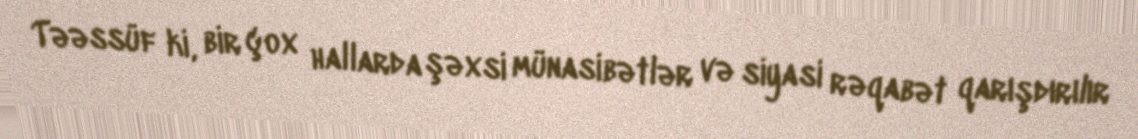
Təəssüf ki, bir çox hallarda şəxsi münasibətlər və siyasi rəqabət qarışdırılır